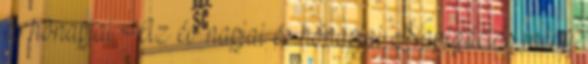
és hónapjai Az év napjai és hónapjai Navigációs menü